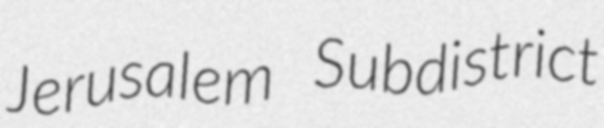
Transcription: Jerusalem Subdistrict